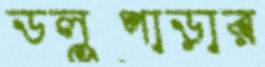
ডলুপাড়ার